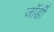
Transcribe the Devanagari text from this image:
जॉर्डी